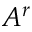
A ^ { r }